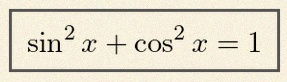
\sin^2x+\cos^2x=1